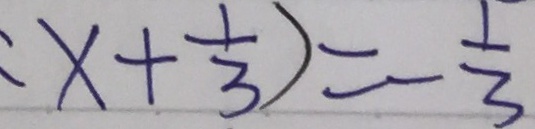
( x + \frac { 1 } { 3 } ) = - \frac { 1 } { 3 }